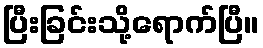
ပြီးခြင်းသို့ရောက်ပြီ။